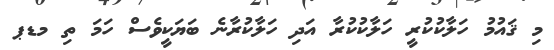
މި ޤައުމު ހަލާކުކުރީ ހަލާކުކުރާ އަދި ހަލާކުރާނެ ބަޔަކީވެސް ހަމަ ތި މޑޕ